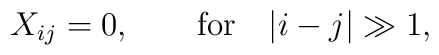
X_{ij}=0,\qquad\hbox{for}\quad |i-j|\gg 1,